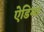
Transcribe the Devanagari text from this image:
ऐडिमा